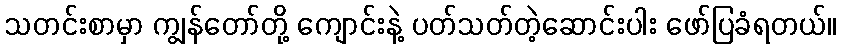
သတင်းစာမှာ ကျွန်တော်တို့ ကျောင်းနဲ့ ပတ်သတ်တဲ့ဆောင်းပါး ဖော်ပြခံရတယ်။